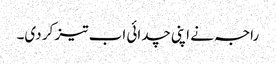
راجہ نے اپنی چدائی اب تیز کر دی۔